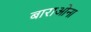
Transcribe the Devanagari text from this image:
बाराओना